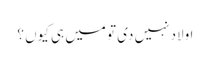
اولاد نہیں دی تو میں ہی کیوں ؟